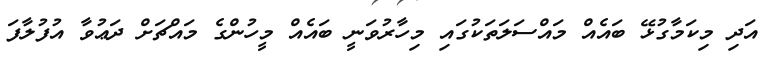
އަދި މިކަމާގުޅޭ ބައެއް މައްސަލަތަކުގައި މިހާރުވަނީ ބައެއް މީހުންގެ މައްޗަށް ދަޢުވާ އުފުލާފަ